Annual report of the Punjab Veterinary College and of the Civil Veterinary Department, Punjab - 1926-1932
Year: 1926
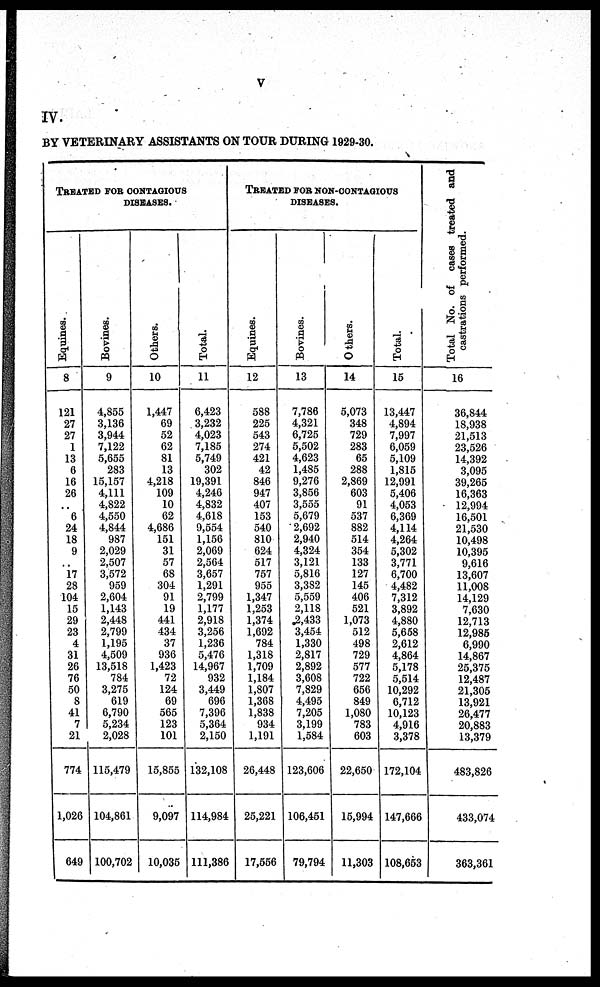
v
IV.
BY VETERINARY ASSISTANTS ON TOUR DURING 1929-30.
TREATED FOR CONTAGIOUS
DISEASES.
Equines.
8
121
27
27
1
13
6
16
26
..
6
24
18
9
..
17
28
104
15
29
23
4
31
26
76
50
8
41
7
21
774
1,026
649
Bovines.
9
4,855
3,136
3,944
7,122
5,655
283
15,157
4,111
4,822
4,550
4,844
987
2,029
2,507
3,572
959
2,604
1,143
2,448
2,799
1,195
4,509
13,518
784
3,275
619
6,790
5,234
2,028
115,479
104,861
100,702
Others.
10
1,447
69
52
62
81
13
4,218
109
10
62
4,686
151
31
57
68
304
91
19
441
434
37
936
1,423
72
124
69
565
123
101
15,855
9,097
10,035
Total.
11
6,423
3,232
4,023
7,185
5,749
302
19,391
4,246
4,832
4,618
9,554
1,156
2,069
2,564
3,657
1,291
2,799
1,177
2,918
3,256
1,236
5,476
14,967
932
3,449
696
7,396
5,364
2,150
132,108
114,984
111,386
TREATED FOR NON-CONTAGIOUS
DISEASES.
Equines.
12
588
225
543
274
421
42
846
947
407
153
540
810
624
517
757
955
1,347
1,253
1,374
1,692
784
1,318
1,709
1,184
1,807
1,368
1,838
934
1,191
26,448
25,221
17,556
Bovines.
13
7,786
4,321
6,725
5,502
4,623
1,485
9,276
3,856
3,555
5,679
2,692
2,940
4,324
3,121
5,816
3,382
5,559
2,118
2,433
3,454
1,330
2,817
2,892
3,608
7,829
4,495
7,205
3,199
1,584
123,606
106,451
79,794
Others.
14
5,073
348
729
283
65
288
2,869
603
91
537
882
514
354
133
127
145
406
521
1,073
512
498
729
577
722
656
849
1,080
783
603
22,650
15,994
11,303
Total.
15
13,447
4,894
7,997
6,059
5,109
1,815
12,991
5,406
4,053
6,369
4,114
4,264
5,302
3,771
6,700
4,482
7,312
3,892
4,880
5,658
2,612
4,864
5,178
5,514
10,292
6,712
10,123
4,916
3,378
172,104
147,666
108,653
Total No. of cases treated and
castrations performed.
16
36,844
18,938
21,513
23,526
14,392
3,095
39,265
16,363
12,994
16,501
21,530
10,498
10,395
9,616
13,607
11,008
14,129
7,630
12,713
12,985
6,990
14,867
25,375
12,487
21,305
13,921
26,477
20,883
13,379
483,826
433,074
363,361